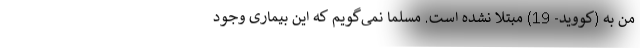
من به (کووید- 19) مبتلا نشده است. مسلما نمی‌گویم که این بیماری وجود